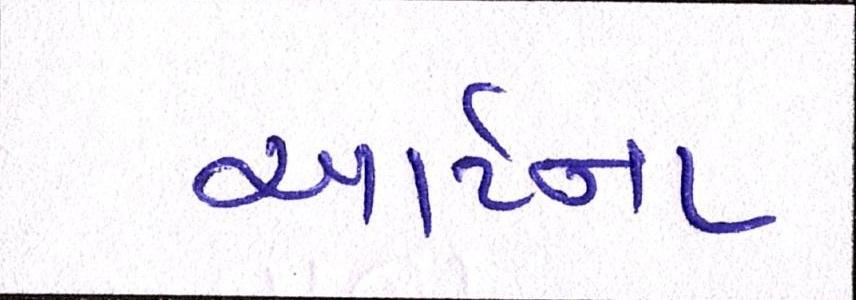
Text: આર્ટના